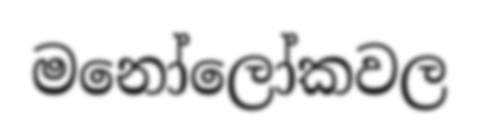
මනෝලෝකවල